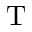
\mathrm { T }